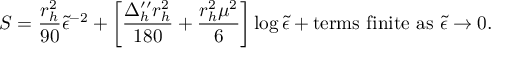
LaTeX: S = \frac { r _ { h } ^ { 2 } } { 9 0 } { \tilde { \epsilon } } ^ { - 2 } + \left[ \frac { \Delta _ { h } ^ { \prime \prime } r _ { h } ^ { 2 } } { 1 8 0 } + \frac { r _ { h } ^ { 2 } \mu ^ { 2 } } { 6 } \right] \log { \tilde { \epsilon } } + { \mathrm { t e r m s ~ f i n i t e ~ a s ~ } } { \tilde { \epsilon } } \rightarrow 0 .